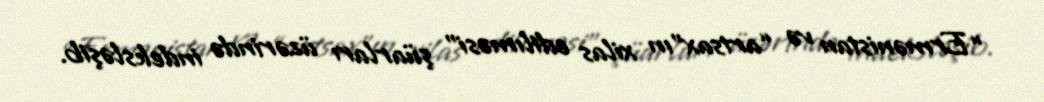
“Ermənistan və “artsax”ın xilas edilıməsi” şüarları üzərində indeksləşib.